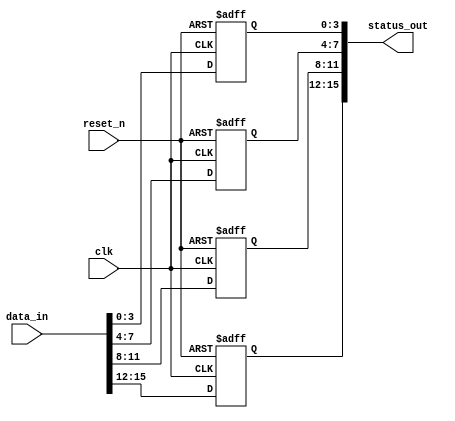
module flip_flop_detector #(
    parameter NUM_BLOCKS = 4,   // Number of memory blocks
    parameter BLOCK_SIZE = 4     // Number of flip-flops per block
)(
    input wire clk,              // Main clock signal
    input wire reset_n,          // Asynchronous active-low reset
    input wire [NUM_BLOCKS*BLOCK_SIZE-1:0] data_in, // Data input for flip-flops
    output reg [NUM_BLOCKS*BLOCK_SIZE-1:0] status_out // Status output for detected flip-flops
);

    // Memory block to hold flip-flop states
    reg [BLOCK_SIZE-1:0] mem [0:NUM_BLOCKS-1];

    // Edge detection logic
    reg [BLOCK_SIZE-1:0] prev_state [0:NUM_BLOCKS-1];
    reg [BLOCK_SIZE-1:0] rising_edge [0:NUM_BLOCKS-1];
    reg [BLOCK_SIZE-1:0] falling_edge [0:NUM_BLOCKS-1];

    // Asynchronous reset and state capture on clock edge
    integer i, j;

    always @(posedge clk or negedge reset_n) begin
        if (!reset_n) begin
            // Asynchronous reset
            for (i = 0; i < NUM_BLOCKS; i = i + 1) begin
                mem[i] <= {BLOCK_SIZE{1'b0}};
                prev_state[i] <= {BLOCK_SIZE{1'b0}};
                rising_edge[i] <= {BLOCK_SIZE{1'b0}};
                falling_edge[i] <= {BLOCK_SIZE{1'b0}};
            end
        end else begin
            // Capture current state and detect edges
            for (i = 0; i < NUM_BLOCKS; i = i + 1) begin
                mem[i] <= data_in[(i+1)*BLOCK_SIZE-1:i*BLOCK_SIZE];
                // Edge detection
                for (j = 0; j < BLOCK_SIZE; j = j + 1) begin
                    if (mem[i][j] && !prev_state[i][j]) begin
                        rising_edge[i][j] <= 1'b1; // Rising edge detected
                    end else if (!mem[i][j] && prev_state[i][j]) begin
                        falling_edge[i][j] <= 1'b1; // Falling edge detected
                    end else begin
                        rising_edge[i][j] <= 1'b0;
                        falling_edge[i][j] <= 1'b0;
                    end
                end
                prev_state[i] <= mem[i]; // Update previous state
            end
        end
    end

    // Combine all memory block states into status output
    always @(*) begin
        status_out = {mem[NUM_BLOCKS-1], mem[NUM_BLOCKS-2], mem[NUM_BLOCKS-3], mem[NUM_BLOCKS-4]};
    end

endmodule